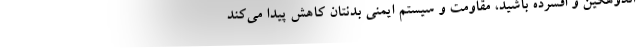
اندوهگین و افسرده باشید، مقاومت و سیستم ایمنی بدنتان کاهش پیدا می‌کند